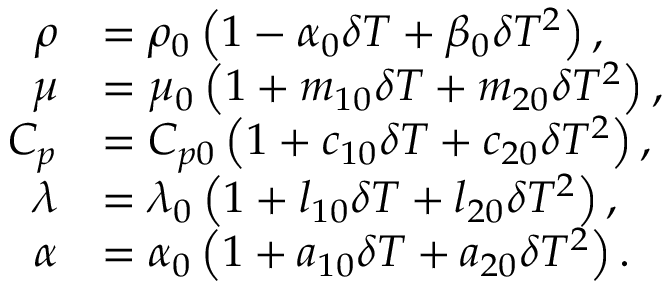
\begin{array} { r l } { \rho } & { = { { \rho } _ { 0 } } \left( 1 - { { \alpha } _ { 0 } } \delta T + { { \beta } _ { 0 } } \delta { { T } ^ { 2 } } \right) , } \\ { \mu } & { = { { \mu } _ { 0 } } \left( 1 + { { m } _ { 1 0 } } \delta T + { { m } _ { 2 0 } } \delta { { T } ^ { 2 } } \right) , } \\ { { { C } _ { p } } } & { = { { C } _ { p 0 } } \left( 1 + { { c } _ { 1 0 } } \delta T + { { c } _ { 2 0 } } \delta { { T } ^ { 2 } } \right) , } \\ { \lambda } & { = { { \lambda } _ { 0 } } \left( 1 + { { l } _ { 1 0 } } \delta T + { { l } _ { 2 0 } } \delta { { T } ^ { 2 } } \right) , } \\ { \alpha } & { = { { \alpha } _ { 0 } } \left( 1 + { { a } _ { 1 0 } } \delta T + { { a } _ { 2 0 } } \delta { { T } ^ { 2 } } \right) . } \end{array}